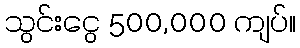
သွင်းငွေ 500,000 ကျပ်။